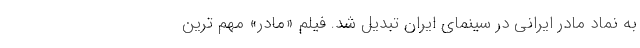
به نماد مادر ايراني در سينماي ايران تبديل شد. فيلم «مادر» مهم ترين